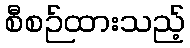
စီစဉ်ထားသည့်